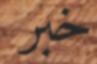
خبر